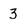
Character: 3